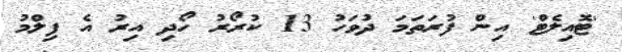
'ޓޮއިލެޓް' އިން ފުރަތަމަ ދުވަހު 13 ކުރޯރު ހޯދި އިރު އެ ފިލްމު